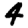
Digit: 4